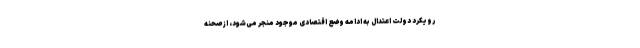
رویکرد دولت اعتدال به ادامه وضع اقتصادی موجود منجر می‌شود، از صحنه